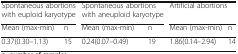
<table><thead><tr><td colspan="2"><b>Spontaneous abortions with euploid karyotype</b></td><td colspan="2"><b>Spontaneous abortions with aneuploid karyotype</b></td><td colspan="2"><b>Artificial abortions</b></td></tr><tr><td><b>Mean (max-min)</b></td><td><b>n</b></td><td><b>Mean (max-min)</b></td><td><b>n</b></td><td><b>Mean (max-min)</b></td><td><b>n</b></td></tr></thead><tbody><tr><td>0.37(0.30–1.13)</td><td>15</td><td>0.24(0.07–0.49)</td><td>19</td><td>1.86(0.14–2.94)</td><td>14</td></tr></tbody></table>